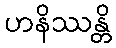
ဟနိဿန္တိ